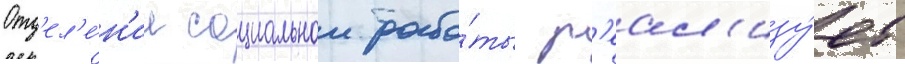
Отд'ел'е́н'ие социальнои рабо́ты р'еал'изу́ет